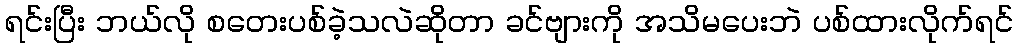
ရင်းပြီး ဘယ်လို စတေးပစ်ခဲ့သလဲဆိုတာ ခင်ဗျားကို အသိမပေးဘဲ ပစ်ထားလိုက်ရင်